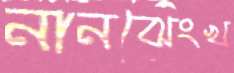
নানঝেংখ